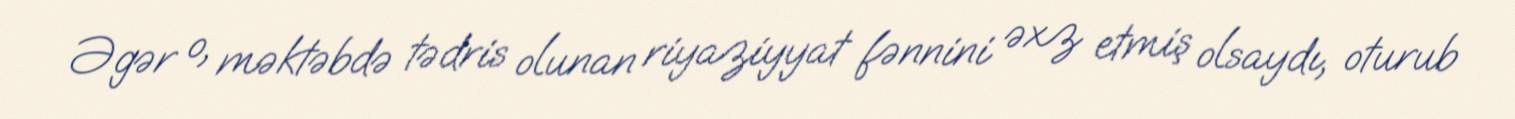
Əgər o, məktəbdə tədris olunan riyaziyyat fənnini əxz etmiş olsaydı, oturub